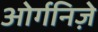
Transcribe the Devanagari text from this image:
ओर्गनिज़े